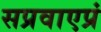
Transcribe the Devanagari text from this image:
सप्रवाएप्रं